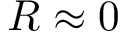
R \approx 0